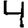
Digit: 4